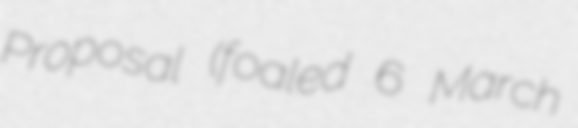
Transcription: Proposal (foaled 6 March